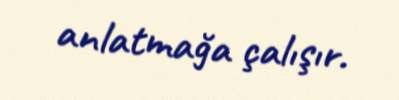
anlatmağa çalışır.